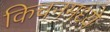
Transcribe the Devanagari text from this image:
किचनमध्ये